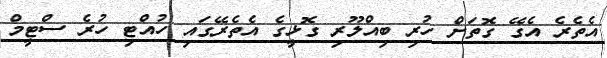
އެތެރެ އެގޭ ގޮތަށް ހުރި ބިއްލޫރި ގޮޅީގެ އެތެރޭގައި ހުއްޓި ހުރެ ސްޓީމް